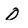
Character: O